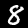
Digit: 8